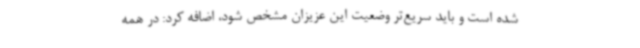
شده است و باید سریع‌تر وضعیت این عزیزان مشخص شود، اضافه کرد: در همه